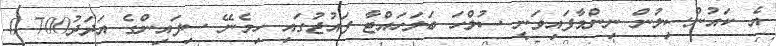
އެ ކައުންސިލުން ނިންމާފައިވަނީ ސުލްހަ ބަލަހައްޓާ ފައުޖުގައި ހިމެނޭ ސިފައިންގެ އަދަދު700 0